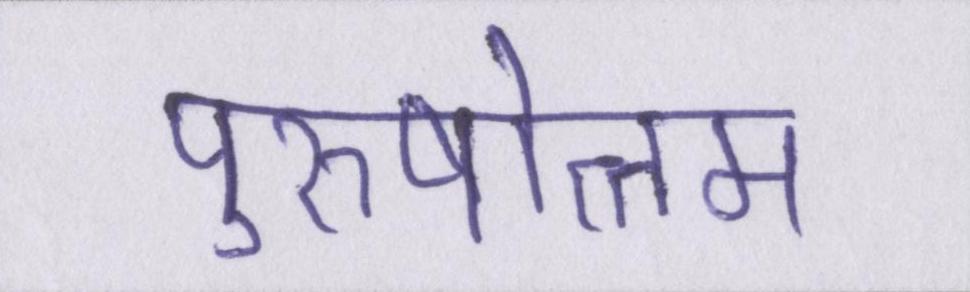
पुरुषोत्तम